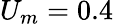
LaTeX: U_{m}=0.4